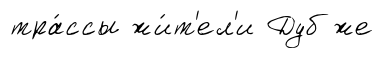
тра́ссы жи́т'ел'и Дуб же